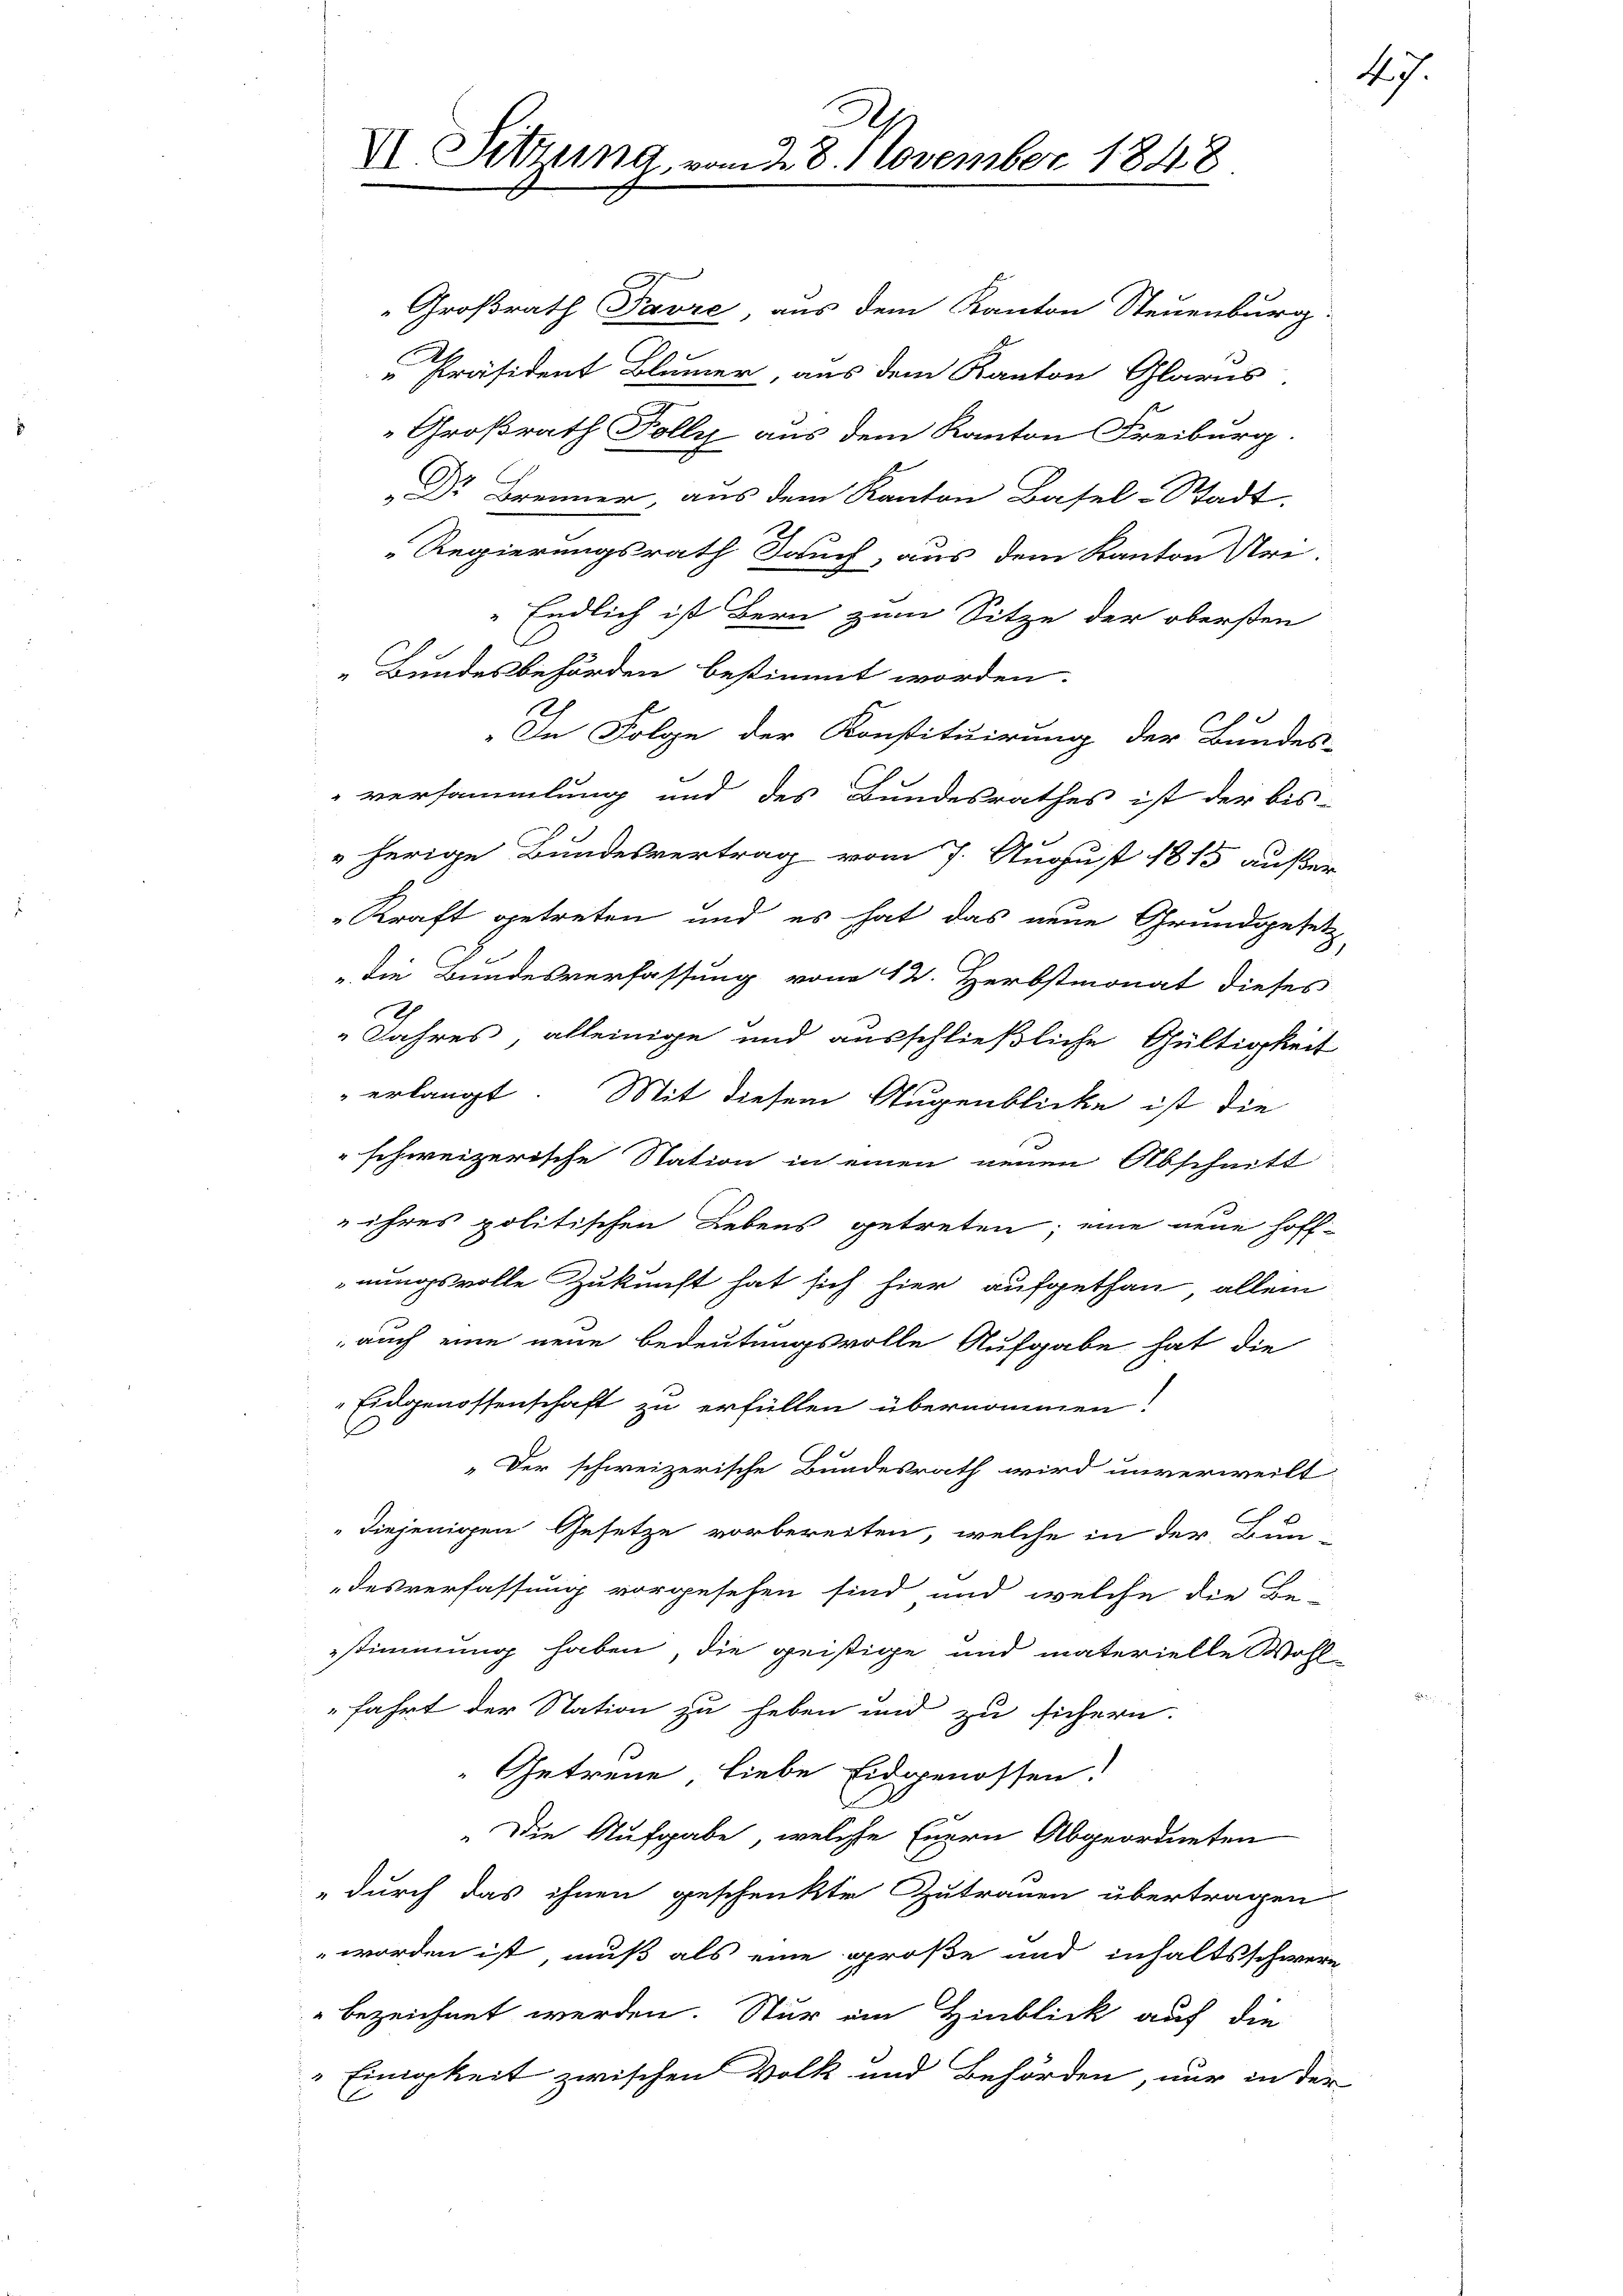
VI. Sitzung vom 2. 8. November 1848.

Dr Brenner, aus dem Kanton Basel-Stadt.
Regierungsrath auch, aus dem Kanton Uri-
Endlich ist Bern zum Sitze der obersten
C
Bundesbehörden bestimmt worden.
In Folge der Konstituirung der Bundes-
versammlung und des Bundesrathes ist der bis-
" herige Bundesvertrag vom 7. August 1815 außer
Kraft getreten und es hat das neue Grundgesetz
" die Bundesverfassung vom 12. Herbstmonat dieses
Jahres, alleinige und ausschließliche Gültigkeit
erlangt. Mit diesem Augenblicke ist die
schweizerische Station in einen neuen Abschnitt
 ihres politischen Lebens getreten; eine neue Hoff-
nungsvolle Zukunft hat sich hier aufgethan allein
auch eine neue Bedeutungsvolle Aufgabe hat die
Eidgenossenschaft zu erfüllen übernommen!
„Der schweizerische Bundesrath wird unverweilt
"diejenigen Gesetze vorbereiten, welche in der Bun-
desverfassung vorgesehen sind und welche die Be-
stimmung haben, die geistige und materielle Wohl-
fahrt der Station zu heben und zu sichern.
Getreue, liebe Eidgenossen:
1
"Die Aufgabe, welche Euern Abgeordneten
" durch das ihnen geschenkte Zutrauen übertragen
worden ist, muß als eine große und inhaltsschwere
" bezeichnet werden. Stur ein Hinblick auf die
"Einigkeit zwischen Volk und Behörden, nur in der

Großrath Favre aus dem Kanton Steuenburg.
" Präsident Blümer, aus dem Kanton Glarus
Großrath Folly aus dem Kanton Freiburg.

7